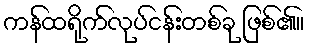
ကန်ထရိုက်လုပ်ငန်းတစ်ခု ဖြစ်၏။